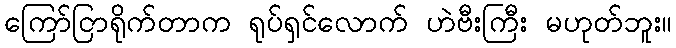
ကြော်ငြာရိုက်တာက ရုပ်ရှင်လောက် ဟဲဗီးကြီး မဟုတ်ဘူး။